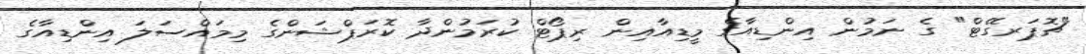
"ޗޮޕަރގޭޓް" ގެ ނަމުން އިންޑިއާގެ މީޑިއާއިން ރިޕޯޓް ކުރަމުންދާ ކޮރަޕްޝަންގެ މިމައްސަލަ އިންޑިއާގެ